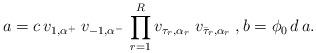
LaTeX: \begin{align*}a &= c\, v_{1,\alpha^+}\; v_{-1,\alpha^-}\,\prod_{r=1}^R v_{\tau_r,\alpha_r}\; v_{\bar{\tau}_r,\alpha_r}\;,b= \phi_0\, d\, a.\end{align*}